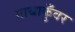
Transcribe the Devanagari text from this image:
माथाकुँवर